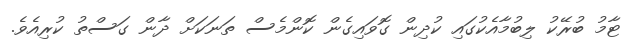
ޓާމު ބުރޭކު ލިބުމާއެކުގައި ކުދިން ގޮވައިގެން ކޮންމެސް ތަނަކަށް ދާން ގަސްތު ކުރިއެވެ.